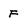
Character: F